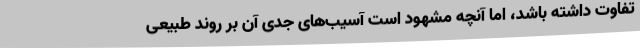
تفاوت داشته باشد، اما آنچه مشهود است آسیب‌های جدی آن بر روند طبیعی